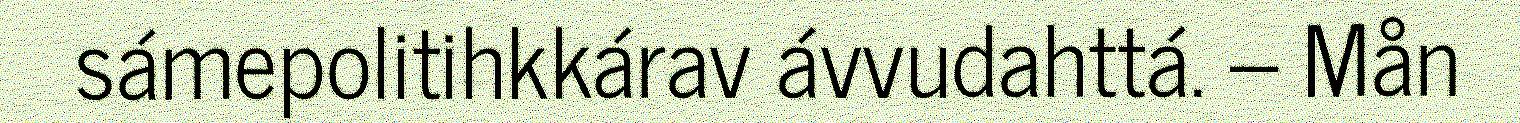
sámepolitihkkárav ávvudahttá. – Mån